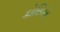
કોસિમો